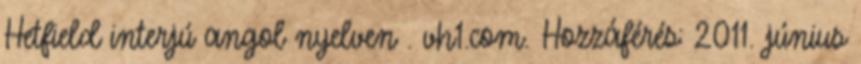
Hetfield interjú angol nyelven . vh1.com. Hozzáférés: 2011. június